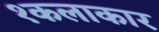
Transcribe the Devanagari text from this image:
१कलाकार